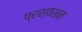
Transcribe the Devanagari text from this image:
प्रश्वशन